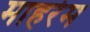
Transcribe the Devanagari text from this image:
माहर्रम